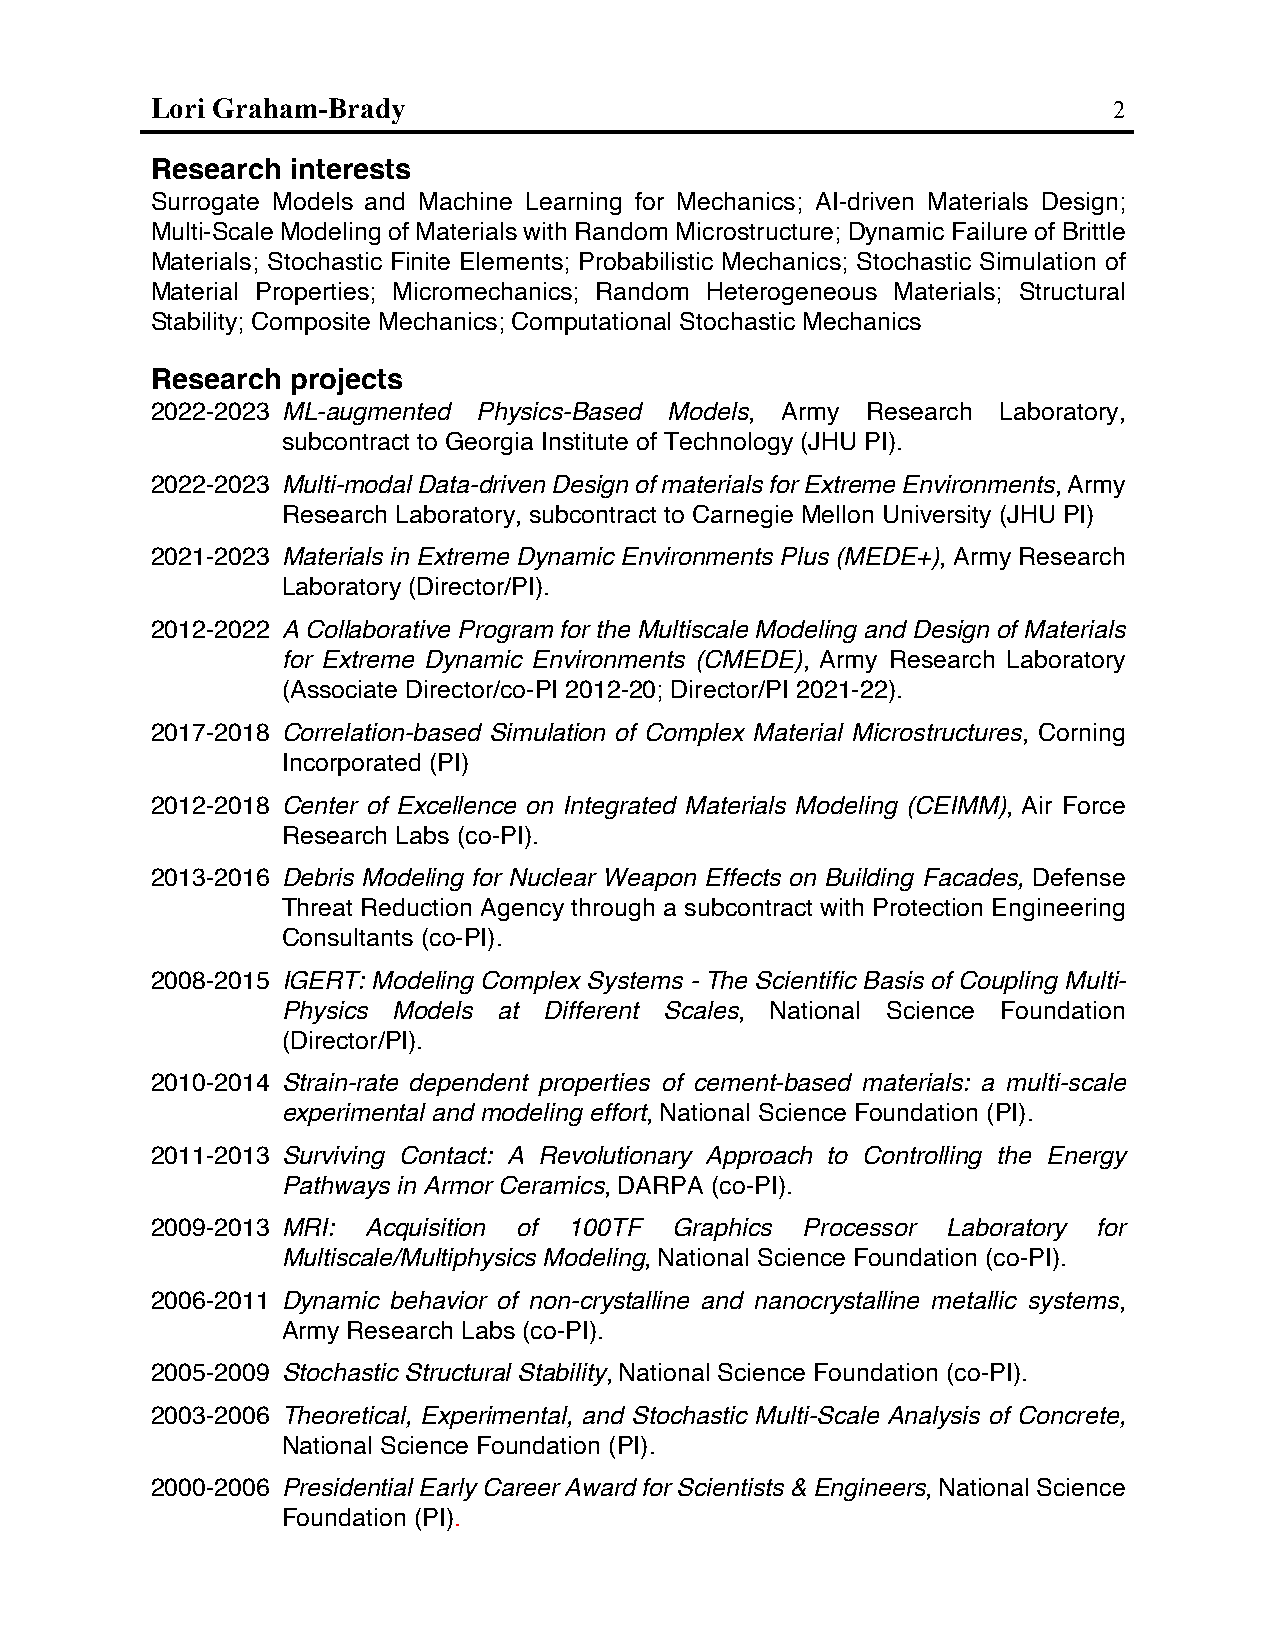
Lori Graham-Brady                                               2
 Research interests
 Surrogate Models and Machine Learning for Mechanics; AI-driven Materials Design;
 Multi-Scale Modeling of Materials with Random Microstructure; Dynamic Failure of Brittle
 Materials; Stochastic Finite Elements; Probabilistic Mechanics; Stochastic Simulation of
 Material Properties; Micromechanics; Random Heterogeneous Materials; Structural
 Stability; Composite Mechanics; Computational Stochastic Mechanics
 Research projects
 2022-2023 ML-augmented Physics-Based Models, Army Research Laboratory,
 subcontract to Georgia Institute of Technology (JHU PI).
 2022-2023 Multi-modal Data-driven Design of materials for Extreme Environments, Army
 Research Laboratory, subcontract to Carnegie Mellon University (JHU PI)
 2021-2023 Materials in Extreme Dynamic Environments Plus (MEDE+), Army Research
 Laboratory (Director/PI).
 2012-2022 A Collaborative Program for the Multiscale Modeling and Design of Materials
 for Extreme Dynamic Environments (CMEDE), Army Research Laboratory
 (Associate Director/co-PI 2012-20; Director/PI 2021-22).
 2017-2018 Correlation-based Simulation of Complex Material Microstructures, Corning
 Incorporated (PI)
 2012-2018 Center of Excellence on Integrated Materials Modeling (CEIMM), Air Force
 Research Labs (co-PI).
 2013-2016 Debris Modeling for Nuclear Weapon Effects on Building Facades, Defense
 Threat Reduction Agency through a subcontract with Protection Engineering
 Consultants (co-PI).
 2008-2015 IGERT: Modeling Complex Systems - The Scientific Basis of Coupling Multi-
 Physics Models at Different Scales, National Science Foundation
 (Director/PI).
 2010-2014 Strain-rate dependent properties of cement-based materials: a multi-scale
 experimental and modeling effort, National Science Foundation (PI).
 2011-2013 Surviving Contact: A Revolutionary Approach to Controlling the Energy
 Pathways in Armor Ceramics, DARPA (co-PI).
 2009-2013 MRI: Acquisition of 100TF Graphics Processor Laboratory for
 Multiscale/Multiphysics Modeling, National Science Foundation (co-PI).
 2006-2011 Dynamic behavior of non-crystalline and nanocrystalline metallic systems,
 Army Research Labs (co-PI).
 2005-2009 Stochastic Structural Stability, National Science Foundation (co-PI).
 2003-2006 Theoretical, Experimental, and Stochastic Multi-Scale Analysis of Concrete,
 National Science Foundation (PI).
 2000-2006 Presidential Early Career Award for Scientists & Engineers, National Science
 Foundation (PI).